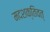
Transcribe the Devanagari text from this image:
मदशक्तिवत्